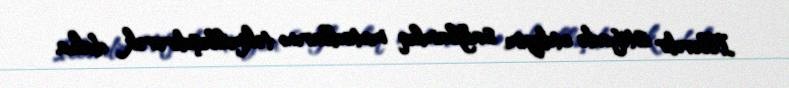
Illərdir istifadə etdiyim sağlamlıq metodlarını təkmilləşdirərək daha